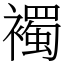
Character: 襡